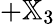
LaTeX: +{\mathbb X}_{3}